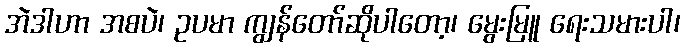
အဲဒါဟာ အစပဲ၊ ဥပမာ ကျွန်တော်ဆိုပါတော့၊ မွေးမြူ ရေးသမားပါ၊